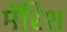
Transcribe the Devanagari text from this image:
मॅरिश